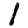
Digit: 1